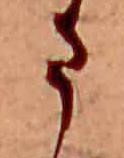
ま